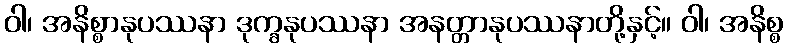
ဝါ၊ အနိစ္စာနုပဿနာ ဒုက္ခနုပဿနာ အနတ္တာနုပဿနာတို့နှင့်။ ဝါ၊ အနိစ္စ